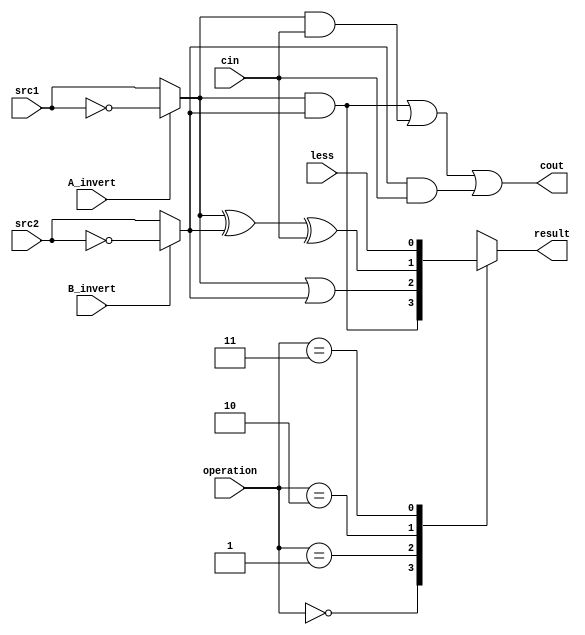
`timescale 1ns/1ps

//////////////////////////////////////////////////////////////////////////////////
// Company: 
// Engineer: 
// 
// Design Name: 
// Module Name:    alu_top 
// Project Name: 
// Target Devices: 
// Tool versions: 
// Description: 
//
// Dependencies: 
//
// Revision: 
// Revision 0.01 - File Created
// Additional Comments: 
//
//////////////////////////////////////////////////////////////////////////////////

module alu_top(
               src1,       //1 bit source 1 (input)
               src2,       //1 bit source 2 (input)
               less,       //1 bit less     (input)
               A_invert,   //1 bit A_invert (input)
               B_invert,   //1 bit B_invert (input)
               cin,        //1 bit carry in (input)
               operation,  //operation      (input)
               result,     //1 bit result   (output)
               cout        //1 bit carry out(output)
               );

input         src1;
input         src2;
input         less;
input         A_invert;
input         B_invert;
input         cin;
input [2-1:0] operation;

output        result;
output        cout;

reg           result;

wire src1_temp,src2_temp;

assign src1_temp=A_invert?~src1:src1;
assign src2_temp=B_invert?~src2:src2;

wire sum;

//assign {cout,sum}=src1_temp+src2_temp+cin;
assign sum = src1_temp^src2_temp^cin;
assign cout = (src1_temp&src2_temp)|(src1_temp&cin)|(src2_temp&cin);

//always@( src1_temp or src2_temp or operation)
always@(*)
begin
	case(operation)
		0:result <= src1_temp&src2_temp;
		1:result <= src1_temp|src2_temp;
		2:result <= sum;
		3:result <= less;
		default:result <= 0;
	endcase
end

endmodule